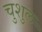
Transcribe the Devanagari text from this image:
चुशुल